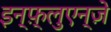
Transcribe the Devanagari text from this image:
इन्फ़्लुएन्ज़े